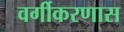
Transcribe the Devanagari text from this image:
वर्गीकरणास